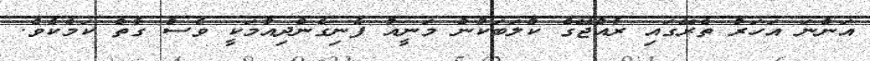
އަންނަ އަހަރު ތެރޭގައި ރާއްޖޭގެ ކްލަބަކުން މަނީއު ފެނިގެންދިއުމަކީ ވެސް ގާތް ކަމެކެވެ.